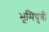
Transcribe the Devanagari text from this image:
भूमिपुत्री